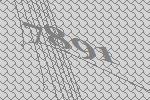
7891